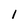
Character: 1